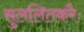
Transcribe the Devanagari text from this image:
सुललितकरैः